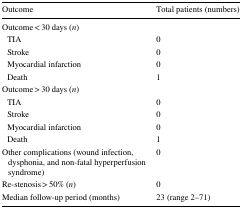
| Outcome | Total patients (numbers) |
 | --- | --- |
 | <COLSPAN=2> Outcome < 30 days (n) |
 | TIA | 0 |
 | Stroke | 0 |
 | Myocardial infarction | 0 |
 | Death | 1 |
 | <COLSPAN=2> Outcome > 30 days (n) |
 | TIA | 0 |
 | Stroke | 0 |
 | Myocardial infarction | 0 |
 | Death | 1 |
 | Other complications (wound infection, dysphonia, and non-fatal hyperperfusion syndrome) | 0 |
 | Re-stenosis > 50% (n) | 0 |
 | Median follow-up period (months) | 23 (range 2–71) |